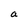
Character: n